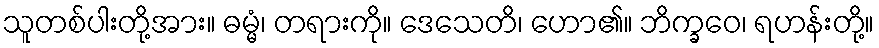
သူတစ်ပါးတို့အား။ ဓမ္မံ၊ တရားကို။ ဒေသေတိ၊ ဟော၏။ ဘိက္ခဝေ၊ ရဟန်းတို့။